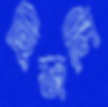
হিজলি